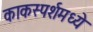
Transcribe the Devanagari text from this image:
काकस्पर्शमध्ये